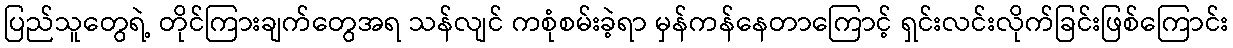
ပြည်သူတွေရဲ့ တိုင်ကြားချက်တွေအရ သန်လျင် ကစုံစမ်းခဲ့ရာ မှန်ကန်နေတာကြောင့် ရှင်းလင်းလိုက်ခြင်းဖြစ်ကြောင်း